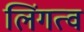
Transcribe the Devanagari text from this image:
लिंगत्व